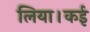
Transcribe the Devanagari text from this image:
लिया।कई